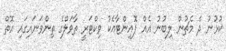
ކުޅުނު ދެ މެޗުން ލިބުނު އެއް ޕޮއިންޓާއެކު ވިކްޓަރީ ތާވަލްގެ ތިންވަނައިގައި އޮތް